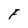
Character: F